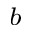
^ b